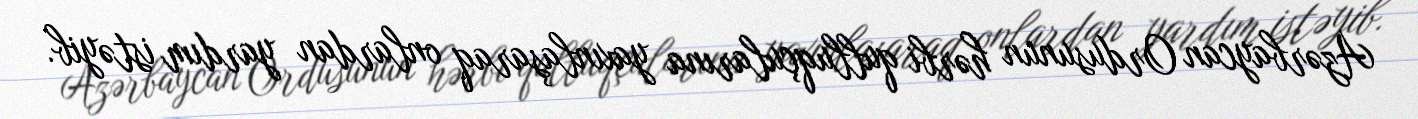
Azərbaycan Ordusunun hərbi qulluqçularına yaxınlaşaraq onlardan yardım istəyib.